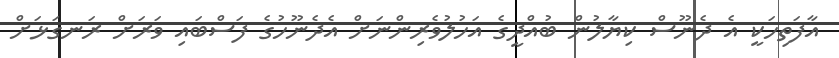
އާފަތިހަކީ އެ ދެނޫސް ކިޔާލުން ބުއްދީގެ އަހުލުވެރިންނަށް އެދެނޫހުގެ ފަސްބައި ވަރަށް ރަނގަޅަށް